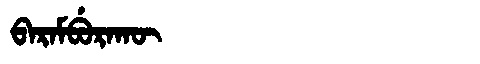
Manchu: ᠪᠠᡵᠠᠮᠪᡠᡵᠠᡴᡡ
Romanization: BARAMBURAKŪ